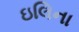
ઇલિના